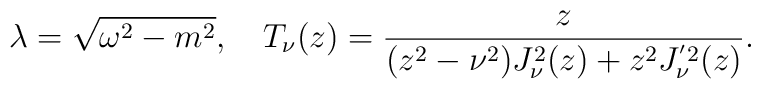
\lambda =\sqrt{\omega ^{2}-m^{2}},\quad T_{\nu}(z)=\frac{z}{(z^{2}-\nu ^{2})J_{\nu }^{2}(z)+z^{2}J_{\nu}^{'2}(z)}.